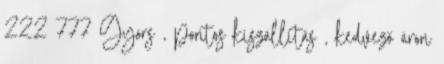
222 777 Gyors , pontos kiszállítás , kedvező áron